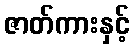
ဇာတ်ကားနှင့်